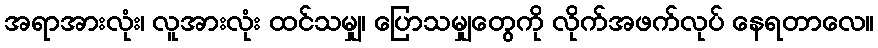
အရာအားလုံး၊ လူအားလုံး ထင်သမျှ၊ ပြောသမျှတွေကို လိုက်အဖက်လုပ် နေရတာလေ။